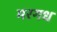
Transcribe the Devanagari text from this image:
मरगध